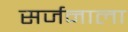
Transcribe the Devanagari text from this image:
सर्जनाला